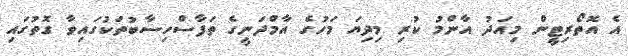
އެ އޮތޯރިޓީން މިއަދު އާންމު ކުރި މިދިޔަ މަހުގެ އާމްދަނީގެ ތަފާސްހިސާބުތަކުގައިވާ ގޮތުގައި